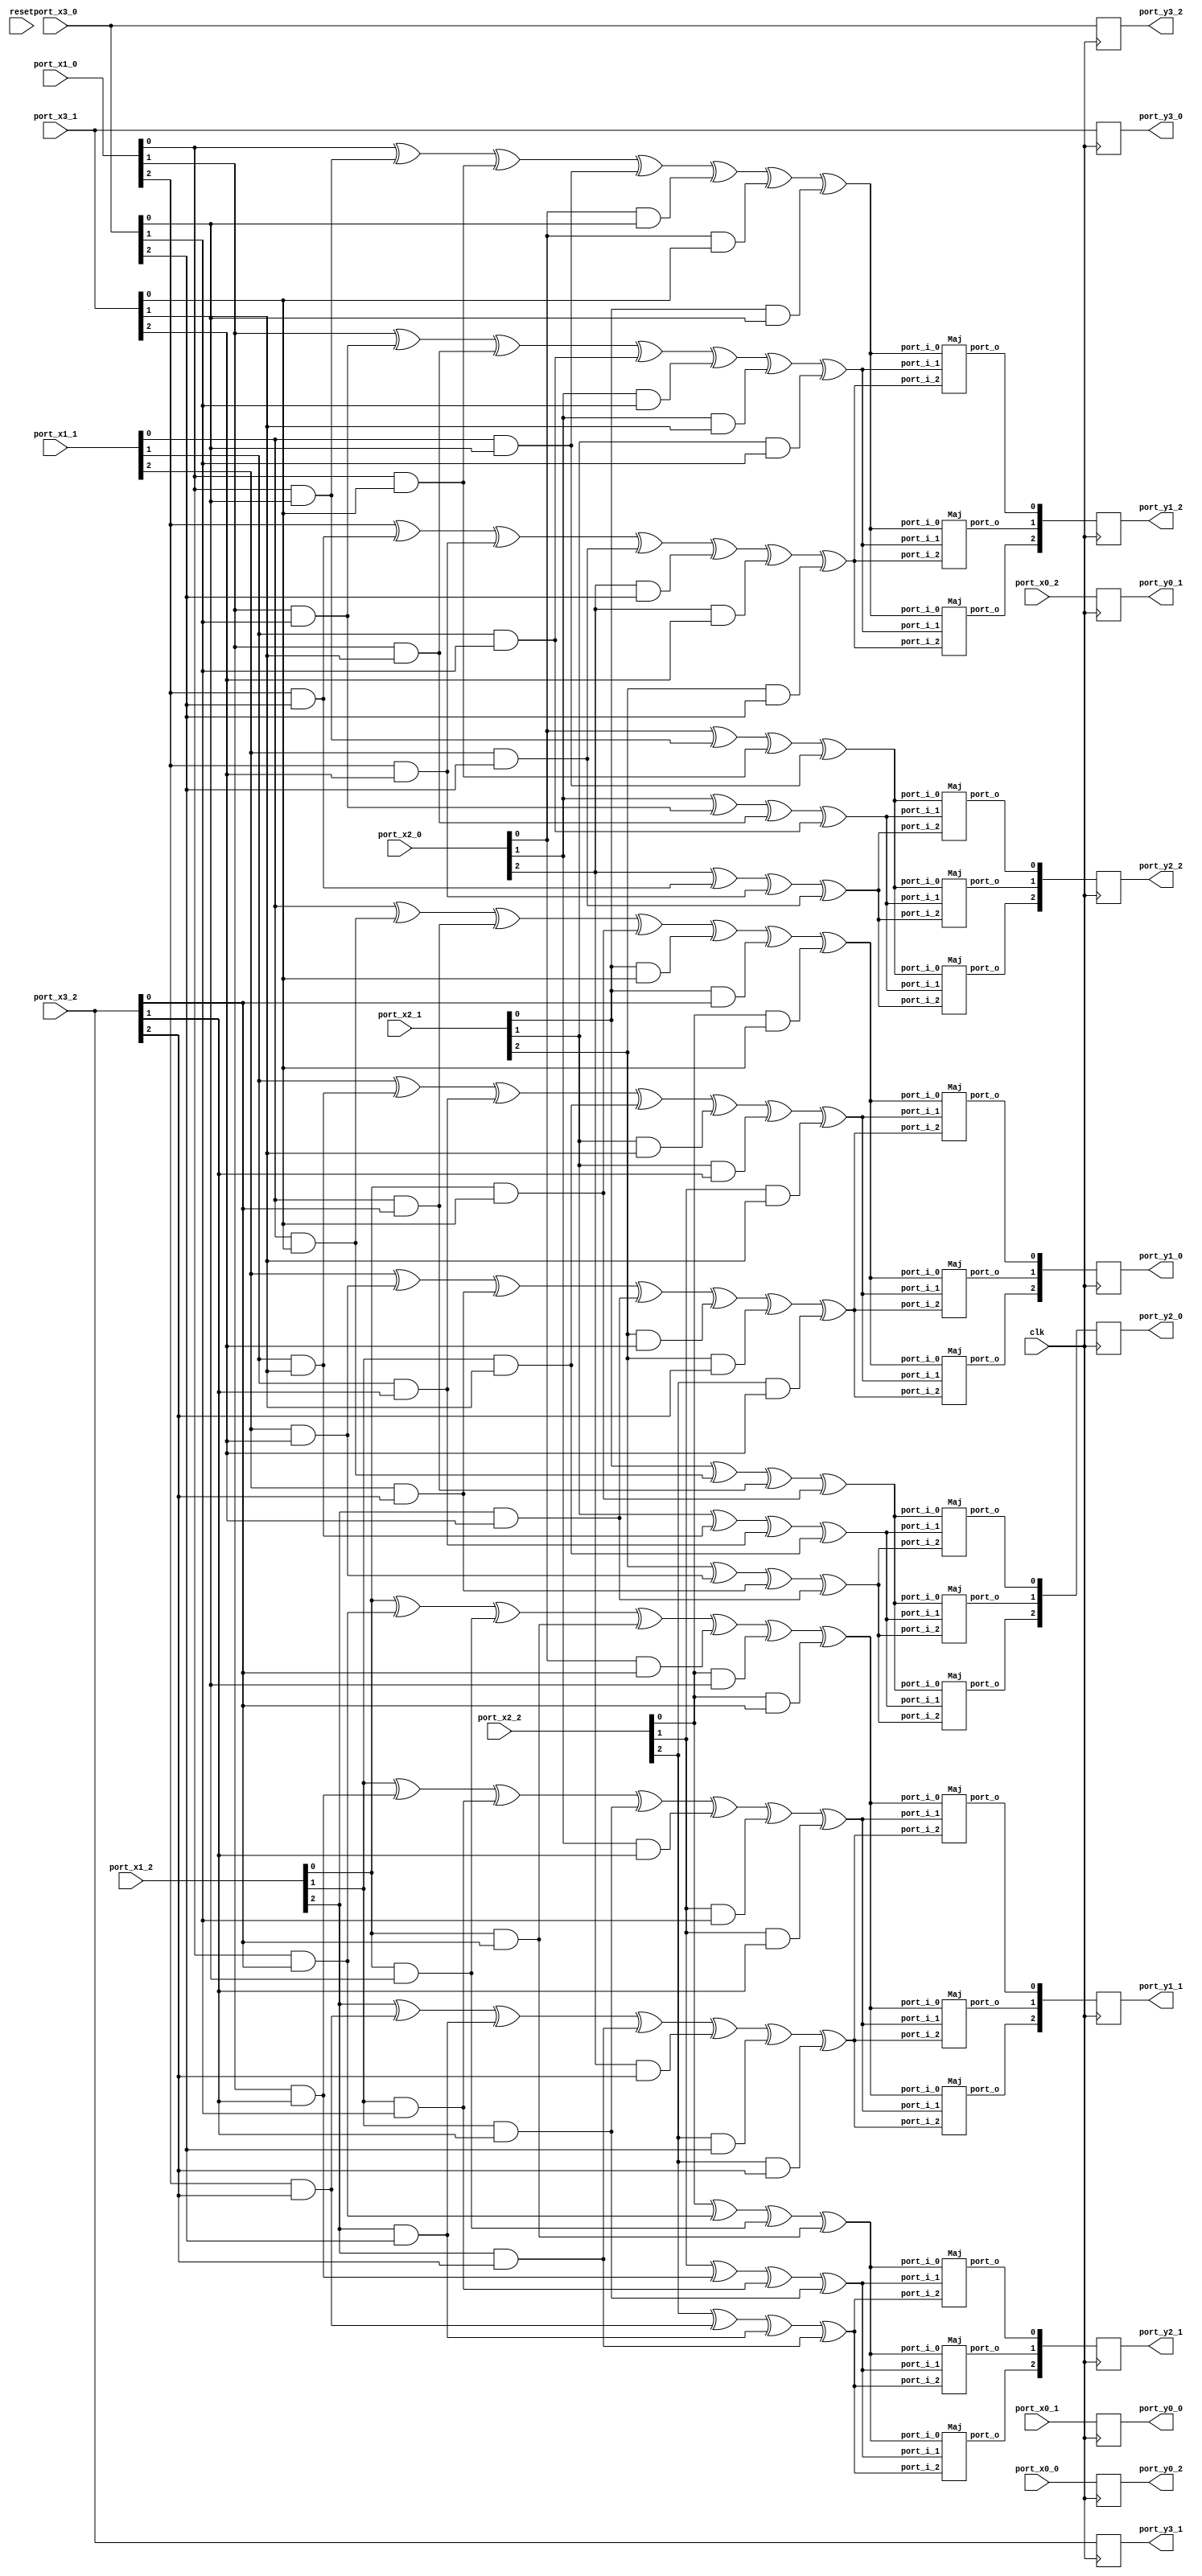
// Generator : SpinalHDL v1.7.3    git head : aeaeece704fe43c766e0d36a93f2ecbb8a9f2003
// Component : Sbox_0123456789CDEFAB_3shares_3replications
// Git hash  : db593c14fe8e83f0a4a5d43cf13325e631d65148

`timescale 1ns/1ps

module Sbox_0123456789CDEFAB_3shares_3replications (
  input      [2:0]    port_x0_0,
  input      [2:0]    port_x0_1,
  input      [2:0]    port_x0_2,
  input      [2:0]    port_x1_0,
  input      [2:0]    port_x1_1,
  input      [2:0]    port_x1_2,
  input      [2:0]    port_x2_0,
  input      [2:0]    port_x2_1,
  input      [2:0]    port_x2_2,
  input      [2:0]    port_x3_0,
  input      [2:0]    port_x3_1,
  input      [2:0]    port_x3_2,
  output     [2:0]    port_y0_0,
  output     [2:0]    port_y0_1,
  output     [2:0]    port_y0_2,
  output     [2:0]    port_y1_0,
  output     [2:0]    port_y1_1,
  output     [2:0]    port_y1_2,
  output     [2:0]    port_y2_0,
  output     [2:0]    port_y2_1,
  output     [2:0]    port_y2_2,
  output     [2:0]    port_y3_0,
  output     [2:0]    port_y3_1,
  output     [2:0]    port_y3_2,
  input               clk,
  input               reset
);

  wire                maj_18_port_o;
  wire                maj_19_port_o;
  wire                maj_20_port_o;
  wire                maj_21_port_o;
  wire                maj_22_port_o;
  wire                maj_23_port_o;
  wire                maj_24_port_o;
  wire                maj_25_port_o;
  wire                maj_26_port_o;
  wire                maj_27_port_o;
  wire                maj_28_port_o;
  wire                maj_29_port_o;
  wire                maj_30_port_o;
  wire                maj_31_port_o;
  wire                maj_32_port_o;
  wire                maj_33_port_o;
  wire                maj_34_port_o;
  wire                maj_35_port_o;
  wire                t0_0_0;
  wire                t0_0_1;
  wire                t0_0_2;
  wire                t0_1_0;
  wire                t0_1_1;
  wire                t0_1_2;
  wire                t0_2_0;
  wire                t0_2_1;
  wire                t0_2_2;
  reg        [2:0]    reg_y0_0;
  reg        [2:0]    reg_y0_1;
  reg        [2:0]    reg_y0_2;
  wire                t1_0_0;
  wire                t1_0_1;
  wire                t1_0_2;
  wire                t1_1_0;
  wire                t1_1_1;
  wire                t1_1_2;
  wire                t1_2_0;
  wire                t1_2_1;
  wire                t1_2_2;
  reg        [2:0]    reg_y1_0;
  reg        [2:0]    reg_y1_1;
  reg        [2:0]    reg_y1_2;
  wire                t2_0_0;
  wire                t2_0_1;
  wire                t2_0_2;
  wire                t2_1_0;
  wire                t2_1_1;
  wire                t2_1_2;
  wire                t2_2_0;
  wire                t2_2_1;
  wire                t2_2_2;
  reg        [2:0]    reg_y2_0;
  reg        [2:0]    reg_y2_1;
  reg        [2:0]    reg_y2_2;
  wire                t3_0_0;
  wire                t3_0_1;
  wire                t3_0_2;
  wire                t3_1_0;
  wire                t3_1_1;
  wire                t3_1_2;
  wire                t3_2_0;
  wire                t3_2_1;
  wire                t3_2_2;
  reg        [2:0]    reg_y3_0;
  reg        [2:0]    reg_y3_1;
  reg        [2:0]    reg_y3_2;

  Maj maj_18 (
    .port_i_0 (t1_0_0       ), //i
    .port_i_1 (t1_0_1       ), //i
    .port_i_2 (t1_0_2       ), //i
    .port_o   (maj_18_port_o)  //o
  );
  Maj maj_19 (
    .port_i_0 (t1_1_0       ), //i
    .port_i_1 (t1_1_1       ), //i
    .port_i_2 (t1_1_2       ), //i
    .port_o   (maj_19_port_o)  //o
  );
  Maj maj_20 (
    .port_i_0 (t1_2_0       ), //i
    .port_i_1 (t1_2_1       ), //i
    .port_i_2 (t1_2_2       ), //i
    .port_o   (maj_20_port_o)  //o
  );
  Maj maj_21 (
    .port_i_0 (t1_0_0       ), //i
    .port_i_1 (t1_0_1       ), //i
    .port_i_2 (t1_0_2       ), //i
    .port_o   (maj_21_port_o)  //o
  );
  Maj maj_22 (
    .port_i_0 (t1_1_0       ), //i
    .port_i_1 (t1_1_1       ), //i
    .port_i_2 (t1_1_2       ), //i
    .port_o   (maj_22_port_o)  //o
  );
  Maj maj_23 (
    .port_i_0 (t1_2_0       ), //i
    .port_i_1 (t1_2_1       ), //i
    .port_i_2 (t1_2_2       ), //i
    .port_o   (maj_23_port_o)  //o
  );
  Maj maj_24 (
    .port_i_0 (t1_0_0       ), //i
    .port_i_1 (t1_0_1       ), //i
    .port_i_2 (t1_0_2       ), //i
    .port_o   (maj_24_port_o)  //o
  );
  Maj maj_25 (
    .port_i_0 (t1_1_0       ), //i
    .port_i_1 (t1_1_1       ), //i
    .port_i_2 (t1_1_2       ), //i
    .port_o   (maj_25_port_o)  //o
  );
  Maj maj_26 (
    .port_i_0 (t1_2_0       ), //i
    .port_i_1 (t1_2_1       ), //i
    .port_i_2 (t1_2_2       ), //i
    .port_o   (maj_26_port_o)  //o
  );
  Maj maj_27 (
    .port_i_0 (t2_0_0       ), //i
    .port_i_1 (t2_0_1       ), //i
    .port_i_2 (t2_0_2       ), //i
    .port_o   (maj_27_port_o)  //o
  );
  Maj maj_28 (
    .port_i_0 (t2_1_0       ), //i
    .port_i_1 (t2_1_1       ), //i
    .port_i_2 (t2_1_2       ), //i
    .port_o   (maj_28_port_o)  //o
  );
  Maj maj_29 (
    .port_i_0 (t2_2_0       ), //i
    .port_i_1 (t2_2_1       ), //i
    .port_i_2 (t2_2_2       ), //i
    .port_o   (maj_29_port_o)  //o
  );
  Maj maj_30 (
    .port_i_0 (t2_0_0       ), //i
    .port_i_1 (t2_0_1       ), //i
    .port_i_2 (t2_0_2       ), //i
    .port_o   (maj_30_port_o)  //o
  );
  Maj maj_31 (
    .port_i_0 (t2_1_0       ), //i
    .port_i_1 (t2_1_1       ), //i
    .port_i_2 (t2_1_2       ), //i
    .port_o   (maj_31_port_o)  //o
  );
  Maj maj_32 (
    .port_i_0 (t2_2_0       ), //i
    .port_i_1 (t2_2_1       ), //i
    .port_i_2 (t2_2_2       ), //i
    .port_o   (maj_32_port_o)  //o
  );
  Maj maj_33 (
    .port_i_0 (t2_0_0       ), //i
    .port_i_1 (t2_0_1       ), //i
    .port_i_2 (t2_0_2       ), //i
    .port_o   (maj_33_port_o)  //o
  );
  Maj maj_34 (
    .port_i_0 (t2_1_0       ), //i
    .port_i_1 (t2_1_1       ), //i
    .port_i_2 (t2_1_2       ), //i
    .port_o   (maj_34_port_o)  //o
  );
  Maj maj_35 (
    .port_i_0 (t2_2_0       ), //i
    .port_i_1 (t2_2_1       ), //i
    .port_i_2 (t2_2_2       ), //i
    .port_o   (maj_35_port_o)  //o
  );
  assign t0_0_0 = port_x0_1[0];
  assign t0_1_0 = port_x0_2[0];
  assign t0_2_0 = port_x0_0[0];
  assign t0_0_1 = port_x0_1[1];
  assign t0_1_1 = port_x0_2[1];
  assign t0_2_1 = port_x0_0[1];
  assign t0_0_2 = port_x0_1[2];
  assign t0_1_2 = port_x0_2[2];
  assign t0_2_2 = port_x0_0[2];
  assign port_y0_0 = reg_y0_0;
  assign port_y0_1 = reg_y0_1;
  assign port_y0_2 = reg_y0_2;
  assign t1_0_0 = ((((((port_x1_1[0] ^ (port_x1_1[0] && port_x3_1[0])) ^ (port_x1_1[0] && port_x3_2[0])) ^ (port_x1_2[0] && port_x3_1[0])) ^ (port_x2_1[0] && port_x3_1[0])) ^ (port_x2_1[0] && port_x3_2[0])) ^ (port_x2_2[0] && port_x3_1[0]));
  assign t1_1_0 = ((((((port_x1_2[0] ^ (port_x1_0[0] && port_x3_2[0])) ^ (port_x1_2[0] && port_x3_0[0])) ^ (port_x1_2[0] && port_x3_2[0])) ^ (port_x2_0[0] && port_x3_2[0])) ^ (port_x2_2[0] && port_x3_0[0])) ^ (port_x2_2[0] && port_x3_2[0]));
  assign t1_2_0 = ((((((port_x1_0[0] ^ (port_x1_0[0] && port_x3_0[0])) ^ (port_x1_0[0] && port_x3_1[0])) ^ (port_x1_1[0] && port_x3_0[0])) ^ (port_x2_0[0] && port_x3_0[0])) ^ (port_x2_0[0] && port_x3_1[0])) ^ (port_x2_1[0] && port_x3_0[0]));
  assign t1_0_1 = ((((((port_x1_1[1] ^ (port_x1_1[1] && port_x3_1[1])) ^ (port_x1_1[1] && port_x3_2[1])) ^ (port_x1_2[1] && port_x3_1[1])) ^ (port_x2_1[1] && port_x3_1[1])) ^ (port_x2_1[1] && port_x3_2[1])) ^ (port_x2_2[1] && port_x3_1[1]));
  assign t1_1_1 = ((((((port_x1_2[1] ^ (port_x1_0[1] && port_x3_2[1])) ^ (port_x1_2[1] && port_x3_0[1])) ^ (port_x1_2[1] && port_x3_2[1])) ^ (port_x2_0[1] && port_x3_2[1])) ^ (port_x2_2[1] && port_x3_0[1])) ^ (port_x2_2[1] && port_x3_2[1]));
  assign t1_2_1 = ((((((port_x1_0[1] ^ (port_x1_0[1] && port_x3_0[1])) ^ (port_x1_0[1] && port_x3_1[1])) ^ (port_x1_1[1] && port_x3_0[1])) ^ (port_x2_0[1] && port_x3_0[1])) ^ (port_x2_0[1] && port_x3_1[1])) ^ (port_x2_1[1] && port_x3_0[1]));
  assign t1_0_2 = ((((((port_x1_1[2] ^ (port_x1_1[2] && port_x3_1[2])) ^ (port_x1_1[2] && port_x3_2[2])) ^ (port_x1_2[2] && port_x3_1[2])) ^ (port_x2_1[2] && port_x3_1[2])) ^ (port_x2_1[2] && port_x3_2[2])) ^ (port_x2_2[2] && port_x3_1[2]));
  assign t1_1_2 = ((((((port_x1_2[2] ^ (port_x1_0[2] && port_x3_2[2])) ^ (port_x1_2[2] && port_x3_0[2])) ^ (port_x1_2[2] && port_x3_2[2])) ^ (port_x2_0[2] && port_x3_2[2])) ^ (port_x2_2[2] && port_x3_0[2])) ^ (port_x2_2[2] && port_x3_2[2]));
  assign t1_2_2 = ((((((port_x1_0[2] ^ (port_x1_0[2] && port_x3_0[2])) ^ (port_x1_0[2] && port_x3_1[2])) ^ (port_x1_1[2] && port_x3_0[2])) ^ (port_x2_0[2] && port_x3_0[2])) ^ (port_x2_0[2] && port_x3_1[2])) ^ (port_x2_1[2] && port_x3_0[2]));
  assign port_y1_0 = reg_y1_0;
  assign port_y1_1 = reg_y1_1;
  assign port_y1_2 = reg_y1_2;
  assign t2_0_0 = (((port_x2_1[0] ^ (port_x1_1[0] && port_x3_1[0])) ^ (port_x1_1[0] && port_x3_2[0])) ^ (port_x1_2[0] && port_x3_1[0]));
  assign t2_1_0 = (((port_x2_2[0] ^ (port_x1_0[0] && port_x3_2[0])) ^ (port_x1_2[0] && port_x3_0[0])) ^ (port_x1_2[0] && port_x3_2[0]));
  assign t2_2_0 = (((port_x2_0[0] ^ (port_x1_0[0] && port_x3_0[0])) ^ (port_x1_0[0] && port_x3_1[0])) ^ (port_x1_1[0] && port_x3_0[0]));
  assign t2_0_1 = (((port_x2_1[1] ^ (port_x1_1[1] && port_x3_1[1])) ^ (port_x1_1[1] && port_x3_2[1])) ^ (port_x1_2[1] && port_x3_1[1]));
  assign t2_1_1 = (((port_x2_2[1] ^ (port_x1_0[1] && port_x3_2[1])) ^ (port_x1_2[1] && port_x3_0[1])) ^ (port_x1_2[1] && port_x3_2[1]));
  assign t2_2_1 = (((port_x2_0[1] ^ (port_x1_0[1] && port_x3_0[1])) ^ (port_x1_0[1] && port_x3_1[1])) ^ (port_x1_1[1] && port_x3_0[1]));
  assign t2_0_2 = (((port_x2_1[2] ^ (port_x1_1[2] && port_x3_1[2])) ^ (port_x1_1[2] && port_x3_2[2])) ^ (port_x1_2[2] && port_x3_1[2]));
  assign t2_1_2 = (((port_x2_2[2] ^ (port_x1_0[2] && port_x3_2[2])) ^ (port_x1_2[2] && port_x3_0[2])) ^ (port_x1_2[2] && port_x3_2[2]));
  assign t2_2_2 = (((port_x2_0[2] ^ (port_x1_0[2] && port_x3_0[2])) ^ (port_x1_0[2] && port_x3_1[2])) ^ (port_x1_1[2] && port_x3_0[2]));
  assign port_y2_0 = reg_y2_0;
  assign port_y2_1 = reg_y2_1;
  assign port_y2_2 = reg_y2_2;
  assign t3_0_0 = port_x3_1[0];
  assign t3_1_0 = port_x3_2[0];
  assign t3_2_0 = port_x3_0[0];
  assign t3_0_1 = port_x3_1[1];
  assign t3_1_1 = port_x3_2[1];
  assign t3_2_1 = port_x3_0[1];
  assign t3_0_2 = port_x3_1[2];
  assign t3_1_2 = port_x3_2[2];
  assign t3_2_2 = port_x3_0[2];
  assign port_y3_0 = reg_y3_0;
  assign port_y3_1 = reg_y3_1;
  assign port_y3_2 = reg_y3_2;
  always @(posedge clk) begin
    reg_y0_0[0] <= t0_0_0;
    reg_y0_1[0] <= t0_1_0;
    reg_y0_2[0] <= t0_2_0;
    reg_y0_0[1] <= t0_0_1;
    reg_y0_1[1] <= t0_1_1;
    reg_y0_2[1] <= t0_2_1;
    reg_y0_0[2] <= t0_0_2;
    reg_y0_1[2] <= t0_1_2;
    reg_y0_2[2] <= t0_2_2;
    reg_y1_0[0] <= maj_18_port_o;
    reg_y1_1[0] <= maj_19_port_o;
    reg_y1_2[0] <= maj_20_port_o;
    reg_y1_0[1] <= maj_21_port_o;
    reg_y1_1[1] <= maj_22_port_o;
    reg_y1_2[1] <= maj_23_port_o;
    reg_y1_0[2] <= maj_24_port_o;
    reg_y1_1[2] <= maj_25_port_o;
    reg_y1_2[2] <= maj_26_port_o;
    reg_y2_0[0] <= maj_27_port_o;
    reg_y2_1[0] <= maj_28_port_o;
    reg_y2_2[0] <= maj_29_port_o;
    reg_y2_0[1] <= maj_30_port_o;
    reg_y2_1[1] <= maj_31_port_o;
    reg_y2_2[1] <= maj_32_port_o;
    reg_y2_0[2] <= maj_33_port_o;
    reg_y2_1[2] <= maj_34_port_o;
    reg_y2_2[2] <= maj_35_port_o;
    reg_y3_0[0] <= t3_0_0;
    reg_y3_1[0] <= t3_1_0;
    reg_y3_2[0] <= t3_2_0;
    reg_y3_0[1] <= t3_0_1;
    reg_y3_1[1] <= t3_1_1;
    reg_y3_2[1] <= t3_2_1;
    reg_y3_0[2] <= t3_0_2;
    reg_y3_1[2] <= t3_1_2;
    reg_y3_2[2] <= t3_2_2;
  end


endmodule

//Maj replaced by Maj

//Maj replaced by Maj

//Maj replaced by Maj

//Maj replaced by Maj

//Maj replaced by Maj

//Maj replaced by Maj

//Maj replaced by Maj

//Maj replaced by Maj

//Maj replaced by Maj

//Maj replaced by Maj

//Maj replaced by Maj

//Maj replaced by Maj

//Maj replaced by Maj

//Maj replaced by Maj

//Maj replaced by Maj

//Maj replaced by Maj

//Maj replaced by Maj

module Maj (
  input               port_i_0,
  input               port_i_1,
  input               port_i_2,
  output              port_o
);

  wire                t0;
  wire                t1;
  wire                t2;

  assign t0 = (port_i_0 && port_i_2);
  assign t1 = (port_i_0 || port_i_2);
  assign t2 = (t0 || port_i_1);
  assign port_o = (t2 && t1);

endmodule